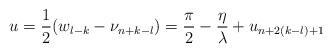
LaTeX: \begin{align*}u=\frac{1}{2}(w_{l-k}-\nu _{n+k-l})=\frac{\pi }{2}-\frac{\eta }{\lambda }+u_{n+2(k-l)+1}\end{align*}